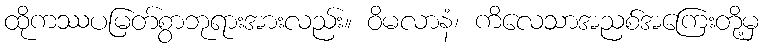
ထိုကဿပမြတ်စွာဘုရားအားလည်း။ ဝိမလာနံ၊ ကိလေသာအညစ်အကြေးတို့မှ